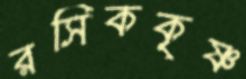
রসিককৃষ্ণ